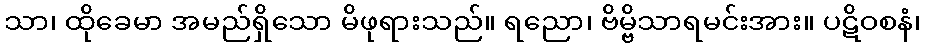
သာ၊ ထိုခေမာ အမည်ရှိသော မိဖုရားသည်။ ရညော၊ ဗိမ္ဗိသာရမင်းအား။ ပဋိဝစနံ၊